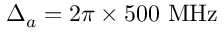
\Delta _ { a } = 2 \pi \times 5 0 0 ~ \mathrm { M H z }